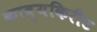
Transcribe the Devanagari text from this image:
काव्यकिरीट